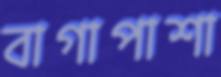
বাগাপাশা